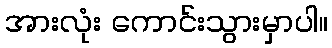
အားလုံး ကောင်းသွားမှာပါ။